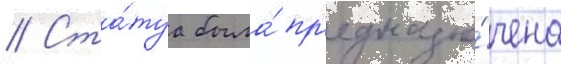
// Ста́туа была́ пр'едназна́чена